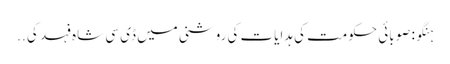
ہنگو: صوبائی حکومت کی ہدایات کی روشنی میں ڈی سی شاہ فہد کی ..